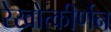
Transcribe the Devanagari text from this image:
रेखोत्कीर्णन